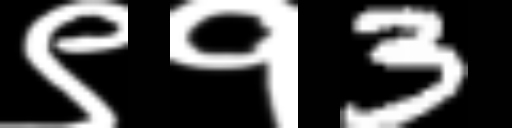
Text: ९१3